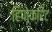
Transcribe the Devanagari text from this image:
हिपोक्रिट